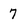
Character: 7